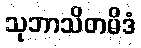
သုဘာသိတမိဒံ